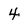
Character: 4